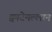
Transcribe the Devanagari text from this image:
क्वाटेमल्लान